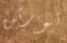
نورتن